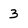
Character: 3